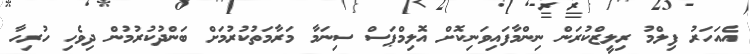
އެއަހަރު ފިލްމު ރިލީޒްކުރަން ނިންމާފައިވަނިކޮށް އޮލިމްޕަސް ސިނަމާ މަރާމަތުކުރުމަށް ބަންދުކުރުމުން ދިވެހި ހުރިހާ